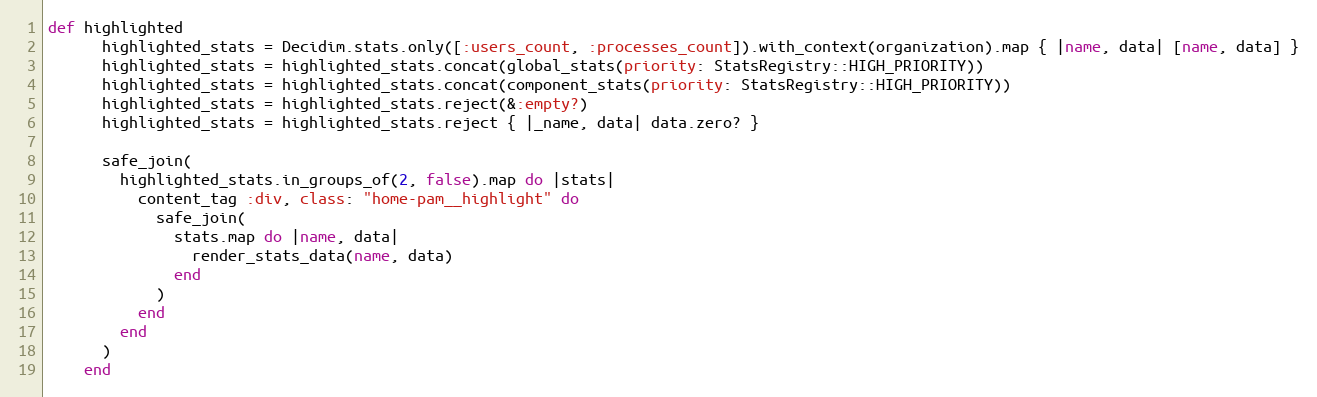
Language: Ruby
def highlighted
      highlighted_stats = Decidim.stats.only([:users_count, :processes_count]).with_context(organization).map { |name, data| [name, data] }
      highlighted_stats = highlighted_stats.concat(global_stats(priority: StatsRegistry::HIGH_PRIORITY))
      highlighted_stats = highlighted_stats.concat(component_stats(priority: StatsRegistry::HIGH_PRIORITY))
      highlighted_stats = highlighted_stats.reject(&:empty?)
      highlighted_stats = highlighted_stats.reject { |_name, data| data.zero? }

      safe_join(
        highlighted_stats.in_groups_of(2, false).map do |stats|
          content_tag :div, class: "home-pam__highlight" do
            safe_join(
              stats.map do |name, data|
                render_stats_data(name, data)
              end
            )
          end
        end
      )
    end